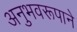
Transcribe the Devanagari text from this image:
अनुभवरूपाने